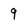
Character: 9